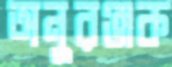
অনুরঞ্জক